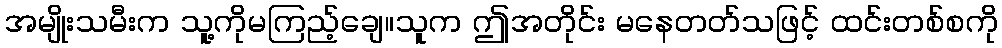
အမျိုးသမီးက သူ့ကိုမကြည့်ချေ။သူက ဤအတိုင်း မနေတတ်သဖြင့် ထင်းတစ်စကို